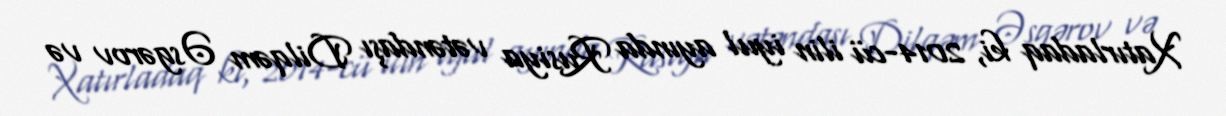
Xatırladaq ki, 2014-cü ilin iyul ayında Rusiya vətəndaşı Dilqəm Əsgərov və